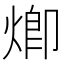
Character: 𤊵